Report on horse surra - Volume II, Part I
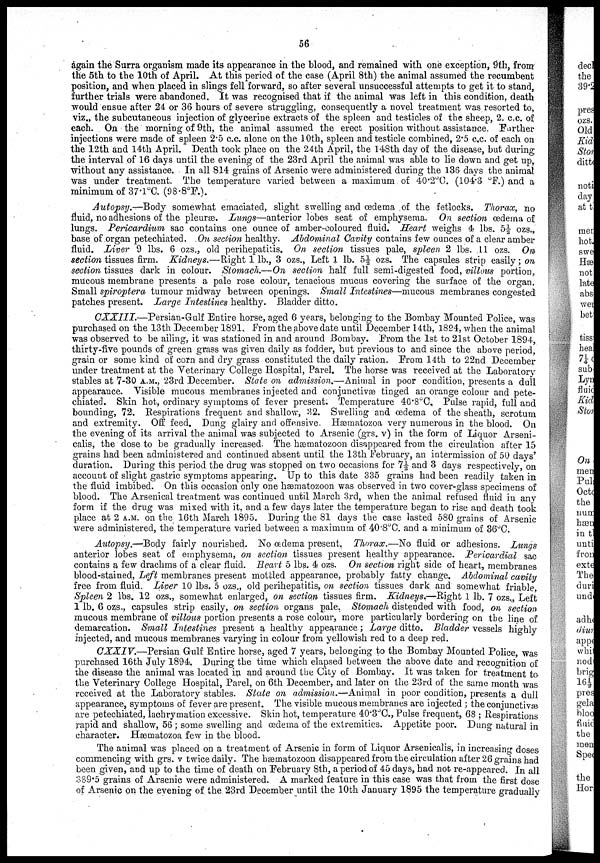
56
again the Surra organism made its appearance in the blood, and remained with one exception, 9th, from
the 5th to the 10th of April. At this period of the case (April 8th) the animal assumed the recumbent
position, and when placed in slings fell forward, so after several unsuccessful attempts to get it to stand,
further trials were abandoned. It was recognised that if the animal was left in this condition, death
would ensue after 24 or 36 hours of severe struggling, consequently a novel treatment was resorted to,
viz., the subcutaneous injection of glycerine extracts of the spleen and testicles of the sheep, 2. c.c. of
each. On the morning of 9th, the animal assumed the erect position without assistance. Further
injections were made of spleen 2.5 c.c. alone on the 10th, spleen and testicle combined, 2.5 c.c. of each on
the 12th and 14th April. Death took place on the 24th April, the 148th day of the disease, but during
the interval of 16 days until the evening of the 23rd April the animal was able to lie down and get up,
without any assistance. In all 814 grains of Arsenic were administered during the 136 days the animal
was under treatment. The temperature varied between a maximum of 40.2°C. (104.3 °F.) and a
minimum of 37.1°C. (98.8°F.).
Autopsy.-Body somewhat emaciated, slight swelling and œdema of the fetlocks. Thorax, no
fluid, no adhesions of the pleuræ. Lungs—anterior lobes seat of emphysema. On section œdema of
lungs. Pericardium sac contains one ounce of amber-coloured fluid. Heart weighs 4 lbs. 5½ ozs.,
base of organ petechiated. On section healthy. Abdominal Cavity contains few ounces of a clear amber
fluid. Liver 9 lbs. 6 ozs., old perihepatitis. On section tissues pale, spleen 2 lbs. 11 ozs. On
section tissues firm. Kidneys.—Right 1 lb., 3 ozs., Left 1 lb. 5½ ozs. The capsules strip easily; on
section tissues dark in colour. Stomach.—On section half full semi-digested food, villous portion,
mucous membrane presents a pale rose colour, tenacious mucus covering the surface of the organ.
Small spiroptera tumour midway between openings. Small Intestines-mucous membranes congested
patches present. Large Intestines healthy. Bladder ditto.
CXXIII.--Persian-Gulf Entire horse, aged 6 years, belonging to the Bombay Mounted Police, was
purchased on the 13th December 1891. From the above date until December 14th, 1894, when the animal
was observed to be ailing, it was stationed in and around Bombay. From the 1st to 21st October 1894,
thirty-five pounds of green grass was given daily as fodder, but previous to and since the above period,
grain or some kind of corn and dry grass constituted the daily ration. From 14th to 22nd December
under treatment at the Veterinary College Hospital, Parel. The horse was received at the Laboratory
stables at 7-30 A.M., 23rd December. State on admission.—Animal in poor condition, presents a dull
appearance. Visible mucous membranes injected and conjunctivæ tinged an orange colour and pete-
chiated. Skin hot, ordinary symptoms of fever present. Temperature 40.8°C, Pulse rapid, full and
bounding, 72. Respirations frequent and shallow, 32. Swelling and œdema of the sheath, scrotum
and extremity. Off feed. Dung glairy and offensive. Hæmatozoa very numerous in the blood. On
the evening of its arrival the animal was subjected to Arsenic (grs. v) in the form of Liquor Arseni-
calis, the dose to be gradually increased. The hæmatozoon disappeared from the circulation after 15
grains had been administered and continued absent until the 13th February, an intermission of 50 days'
duration. During this period the drug was stopped on two occasions for 7½ and 3 days respectively, on
account of slight gastric symptoms appearing. Up to this date 335 grains had been readily taken in
the fluid imbibed. On this occasion only one hæmatozoon was observed in two cover-glass specimens of
blood. The Arsenical treatment was continued until March 3rd, when the animal refused fluid in any
form if the drug was mixed with it, and a few days later the temperature began to rise and death took
place at 2 A.M. on the 16th March 1895. During the 81 days the case lasted 580 grains of Arsenic
were administered, the temperature varied between a maximum of 40.8°C. and a minimum of 36°C.
Autopsy.—Body fairly nourished. No œdema present. Thorax.—No fluid or adhesions. Lungs
anterior lobes seat of emphysema, on section tissues present healthy appearance. Pericardial sac
contains a few drachms of a clear fluid. Heart 5 lbs. 4 ozs. On section right side of heart, membranes
blood-stained, Left membranes present mottled appearance, probably fatty change. Abdominal cavity
free from fluid. Liver 10 lbs. 5 ozs., old perihepatitis, on section tissues dark and somewhat friable,
Spleen 2 lbs. 12 ozs., somewhat enlarged, on section tissues firm. Kidneys.—Right 1 lb. 7 ozs., Left
1 lb. 6 ozs., capsules strip easily, on section organs pale. Stomach distended with food, on section
mucous membrane of villous portion presents a rose colour, more particularly bordering on the line of
demarcation. Small Intestines present a healthy appearance; Large ditto. Bladder vessels highly
injected, and mucous membranes varying in colour from yellowish red to a deep red.
CXXIV.—Persian Gulf Entire horse, aged 7 years, belonging to the Bombay Mounted Police, was
purchased 16th July 1894. During the time which elapsed between the above date and recognition of
the disease the animal was located in and around the City of Bombay. It was taken for treatment to
the Veterinary College Hospital, Parel, on 6th December, and later on the 23rd of the same month was
received at the Laboratory stables. State on admission.—Animal in poor condition, presents a dull
appearance, symptoms of fever are present. The visible mucous membranes are injected ; the conjunctivæ
are petechiated, lachrymation excessive. Skin hot, temperature 40.3°C., Pulse frequent, 68 ; Respirations
rapid and shallow, 56 ; some swelling and œdema of the extremities. Appetite poor. Dung natural in
character. Hæmatozoa few in the blood.
The animal was placed on a treatment of Arsenic in form of Liquor Arsenicalis, in increasing doses
commencing with grs. v twice daily. The hæmatozoon disappeared from the circulation after 26 grains had
been given, and up to the time of death on February 8th, a period of 45 days, had not re-appeared. In all
389.5 grains of Arsenic were administered. A marked feature in this case was that from the first dose
of Arsenic on the evening of the 23rd December until the 10th January 1895 the temperature gradually